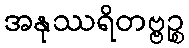
အနုဿရိတဗ္ဗဉ္စ